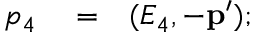
\begin{array} { r l r } { p _ { 4 } } & { { } = } & { ( E _ { 4 } , - \mathbf { p } ^ { \prime } ) ; } \end{array}